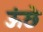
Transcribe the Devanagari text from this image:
ऊंछे